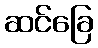
ဆင်ခြေ